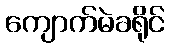
ကျောက်မဲခရိုင်